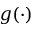
g ( \cdot )